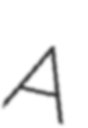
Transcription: A